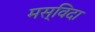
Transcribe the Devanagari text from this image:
मस्विदा